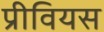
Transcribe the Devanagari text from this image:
प्रीवियस